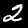
Digit: 2